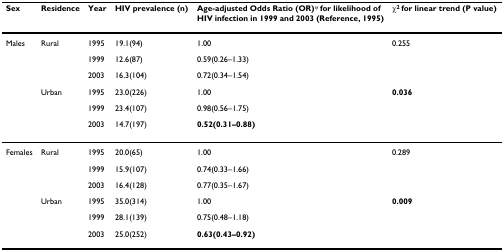
<table><thead><tr><td><b>Sex</b></td><td><b>Residence</b></td><td><b>Year</b></td><td><b>HIV prevalence (n)</b></td><td><b>Age-adjusted Odds Ratio (OR)<sup>ψ </sup>for likelihood of HIV infection in 1999 and 2003 (Reference, 1995)</b></td><td><b>χ<sup>2 </sup>for linear trend (P value)</b></td></tr></thead><tbody><tr><td>Males</td><td>Rural</td><td>1995</td><td>19.1(94)</td><td>1.00</td><td>0.255</td></tr><tr><td></td><td></td><td>1999</td><td>12.6(87)</td><td>0.59(0.26–1.33)</td><td></td></tr><tr><td></td><td></td><td>2003</td><td>16.3(104)</td><td>0.72(0.34–1.54)</td><td></td></tr><tr><td></td><td>Urban</td><td>1995</td><td>23.0(226)</td><td>1.00</td><td><b>0.036</b></td></tr><tr><td></td><td></td><td>1999</td><td>23.4(107)</td><td>0.98(0.56–1.75)</td><td></td></tr><tr><td></td><td></td><td>2003</td><td>14.7(197)</td><td><b>0.52(0.31–0.88)</b></td><td></td></tr><tr><td>Females</td><td>Rural</td><td>1995</td><td>20.0(65)</td><td>1.00</td><td>0.289</td></tr><tr><td></td><td></td><td>1999</td><td>15.9(107)</td><td>0.74(0.33–1.66)</td><td></td></tr><tr><td></td><td></td><td>2003</td><td>16.4(128)</td><td>0.77(0.35–1.67)</td><td></td></tr><tr><td></td><td>Urban</td><td>1995</td><td>35.0(314)</td><td>1.00</td><td><b>0.009</b></td></tr><tr><td></td><td></td><td>1999</td><td>28.1(139)</td><td>0.75(0.48–1.18)</td><td></td></tr><tr><td></td><td></td><td>2003</td><td>25.0(252)</td><td><b>0.63(0.43–0.92)</b></td><td></td></tr></tbody></table>